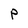
Character: P